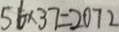
5 6 \times 3 7 = 2 0 7 2